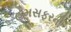
હમસફરની